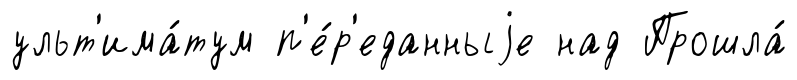
ульт'има́тум п'е́р'еданныjе над Прошла́